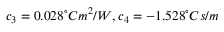
c _ { 3 } = 0 . 0 2 8 ^ { \circ } C m ^ { 2 } / W , c _ { 4 } = - 1 . 5 2 8 ^ { \circ } C s / m